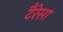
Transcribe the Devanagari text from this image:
टैरेसा